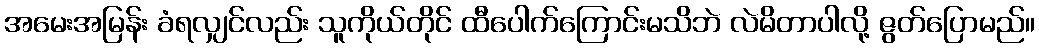
အမေးအမြန်း ခံရလျှင်လည်း သူကိုယ်တိုင် ထီပေါက်ကြောင်းမသိဘဲ လဲမိတာပါလို့ ဇွတ်ပြောမည်။